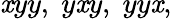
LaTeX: \mathit{x}yy,\; y\mathit{x}y,\; yy\mathit{x},